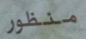
منظور